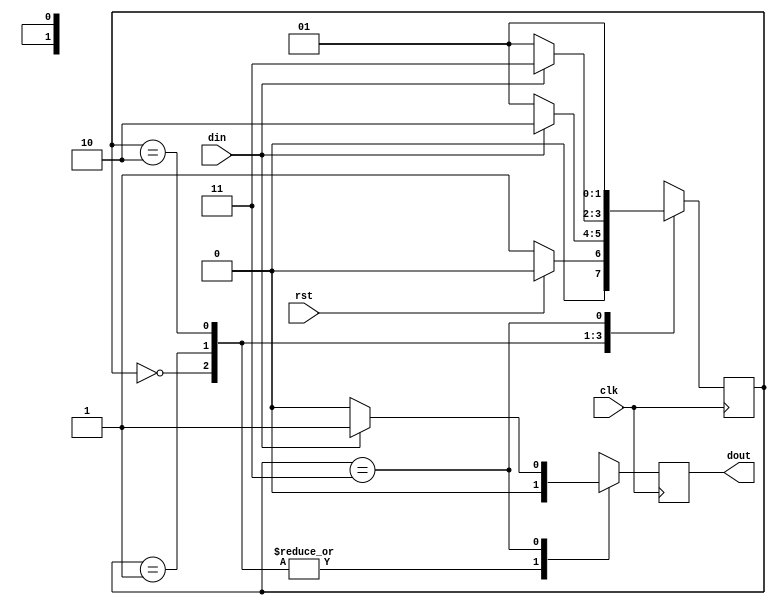
`timescale 1ns / 1ps
//////////////////////////////////////////////////////////////////////////////////
// Company: 
// Engineer: 
// 
// Design Name: 
// Module Name: Non_overlapping_sequence_detector
// Project Name: 
// Target Devices: 
// Tool Versions: 
// Description: 
// 
// Dependencies: 
// 
// Revision:
// Revision 0.01 - File Created
// Additional Comments:
// 
//////////////////////////////////////////////////////////////////////////////////


module Non_overlapping_sequence_detector(
    input clk,rst,din,
    output reg dout
    );
    
    parameter idle=0;
    parameter s0=1;
    parameter s1=2;
    parameter s2=3;

    reg [1:0] state=idle;
    
    always@(posedge clk)
    begin
    case(state)
    idle:   begin
            dout<=1'b0;
            if(rst==1'b1)   state<=idle;
            else            state<=s0;
            end
    s0:     begin
            if(din==1'b1)
            begin
            dout<=1'b0;
            state<=s1;
            end
            else
            begin
            dout<=1'b0;
            state<=s0;
            end
            end        
    s1:     begin
            if(din==1'b1)
            begin
            dout<=1'b0;
            state<=s2;
            end
            else
            begin
            dout<=1'b0;
            state<=s0;
            end
            end
    s2:     begin
            if(din==1'b1)
            begin
            dout<=1'b1;
            state<=s0;
            end
            else
            begin
            dout<=1'b0;
            state<=s0;
            end
            end
    default: begin
             dout<=1'b0;
             state<=idle;
             end
             endcase
             end
endmodule